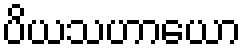
ပိယသဟာယော